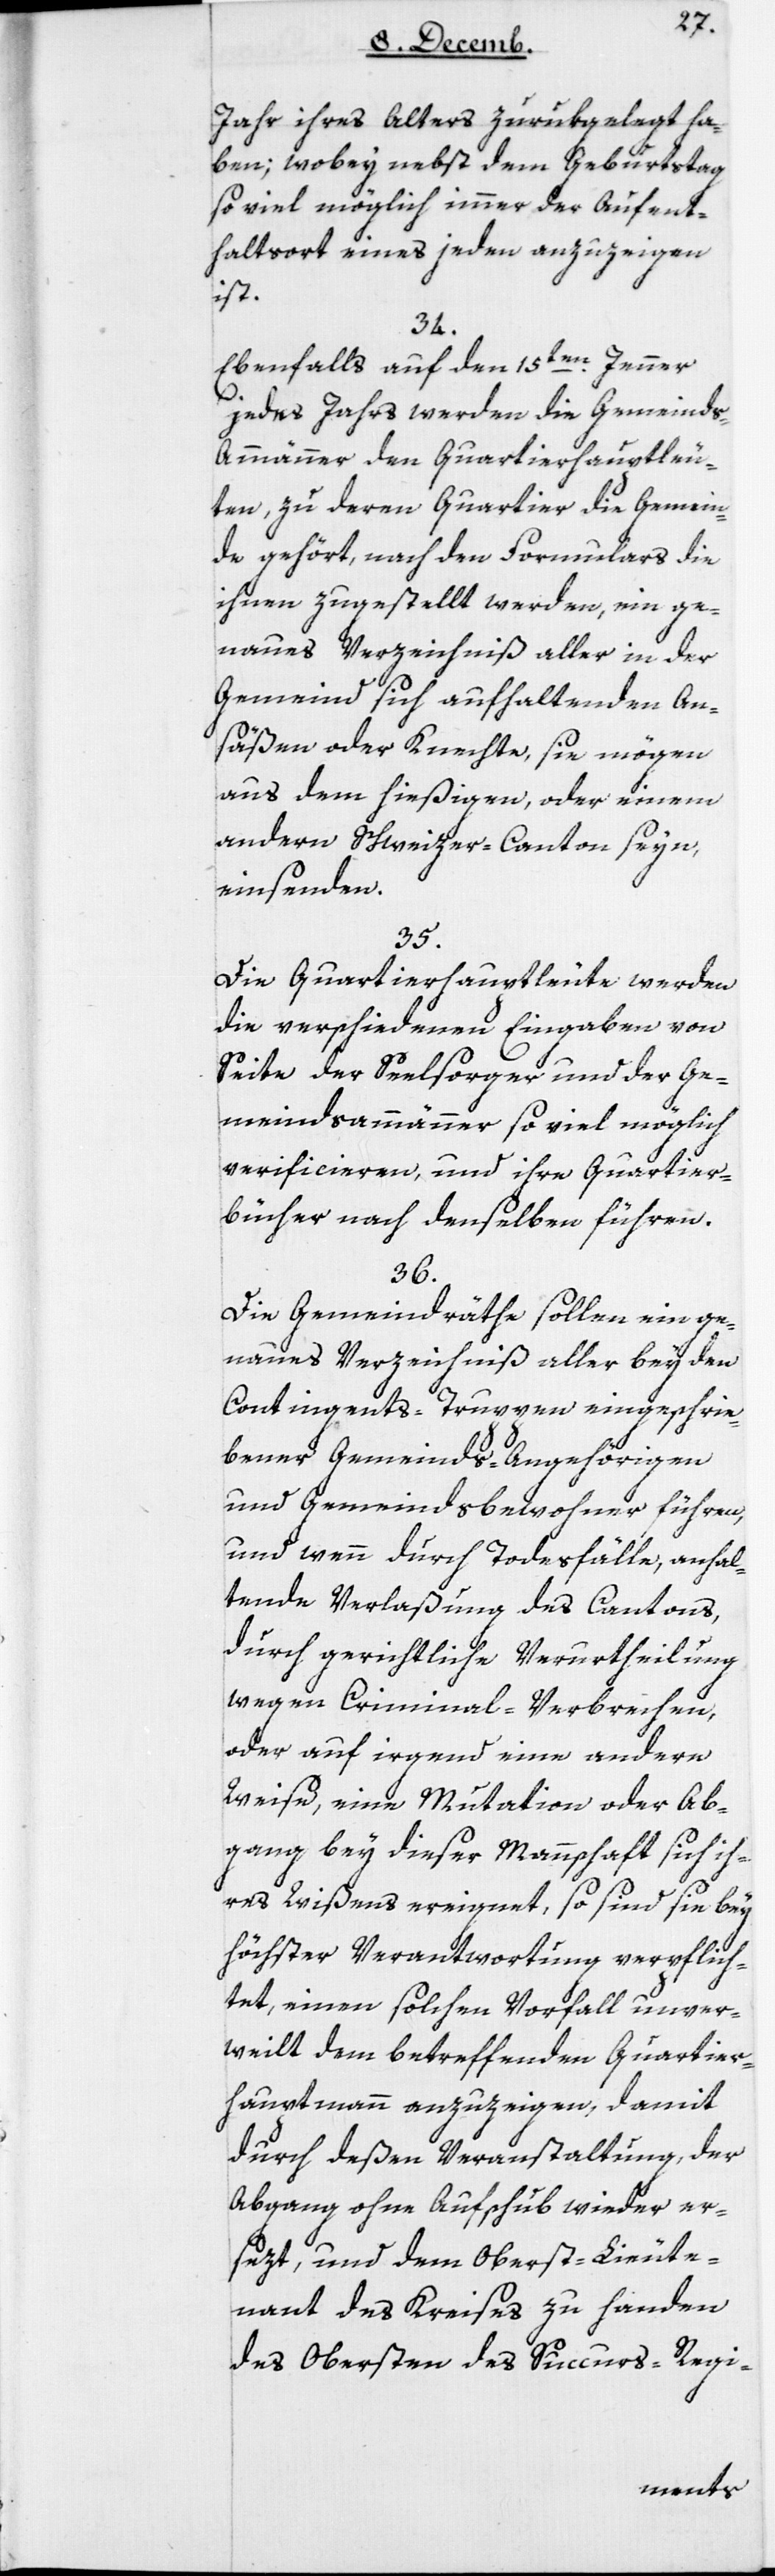
Jahr ihres Alters zurükgelegt ha¬
ben, wobey nebst dem Geburtstag
so viel möglich immer der Aufent¬
haltsort eines jeden anzuzeigen
ist.
34.
Ebenfalls auf den 15ten Jenner
jedes Jahrs werden die Gemeind¬
s-Ammänner den Quartierhauptleu¬
ten, zu deren Quartier die Gemein¬
de gehört, nach den Formulars die
ihnen zugestellt werden, ein ge¬
naues Verzeichniß aller in der
Gemeind sich aufhaltenden An¬
säßen oder Knechte, sie mögen
aus dem hiesigen oder einem
andern Schweizer-Canton seyn,
einsenden.
35.
Die Quartierhauptleute werden
die verschiedenen Eingaben von
Seite der Seelsorger und der Ge¬
meindsammänner so viel möglich
verificieren, und ihre Quartier¬
bücher nach denselben führen.
36.
Die Gemeindräte sollen ein ge¬
naues Verzeichnis aller bey den
Contingents-Truppen eingeschrie¬
bener Gemeinds-Angehörigen
und Gemeinds-Bewohner führen,
und wenn durch Todesfälle, anhal¬
tende Verlaßung des Cantons,
durch gerichtliche Verurtheilung
wegen Criminal-Verbrechen,
oder auf irgend eine andere
Weise, eine Mutation oder Ab¬
gang bey dieser Mannschaft sich ih¬
res Wißens ereignet, so sind sie bey
höchster Verantwortung verpflich¬
tet, einen solchen Vorfall unver¬
weilt dem betreffenden Quartier¬
hauptmann anzuzeigen, damit
durch deßen Veranstaltung der
Abgang ohne Aufschub wieder er¬
sezt, und dem Oberst-Lieute¬
nant des Kreises zu Handen
des Obersten des Succurs-Regi-